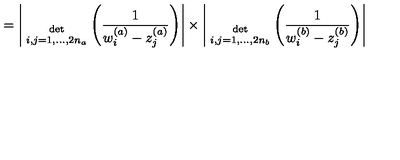
= \Bigg | { \atop { \mathrm { d e t } \atop { \scriptstyle i , j = 1 , . . . , 2 n _ { a } } } } \Bigg ( \frac { 1 } { w _ { i } ^ { ( a ) } - z _ { j } ^ { ( a ) } } \Bigg ) \Bigg | \times \Bigg | { \atop { \mathrm { d e t } \atop { \scriptstyle i , j = 1 , . . . , 2 n _ { b } } } } \Bigg ( \frac { 1 } { w _ { i } ^ { ( b ) } - z _ { j } ^ { ( b ) } } \Bigg ) \Bigg |